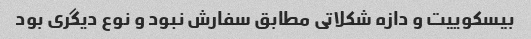
بیسکوییت و دازه شکلاتی مطابق سفارش نبود و نوع دیگری بود